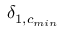
\delta _ { 1 , c _ { m i n } }